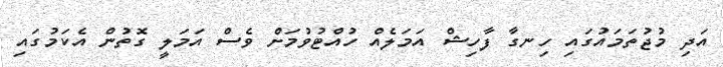
އަދި މުޖުތަމައުގައި ހިނގާ ފާހިޝް އަމަލެއް ހުއްޓުވުމަށް ވެސް އަމަލީ ގޮތުން އެކަމުގައި